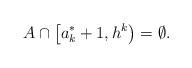
LaTeX: \begin{align*}A \cap \left[a_k^*+1,h^k \right) = \emptyset.\end{align*}